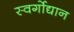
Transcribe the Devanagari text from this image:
स्वर्गोद्यान